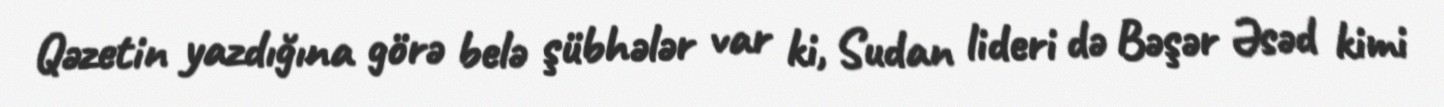
Qəzetin yazdığına görə belə şübhələr var ki, Sudan lideri də Bəşər Əsəd kimi